Leaving Certificate Examination (including Day School Certificate (Higher) General paper), 1929
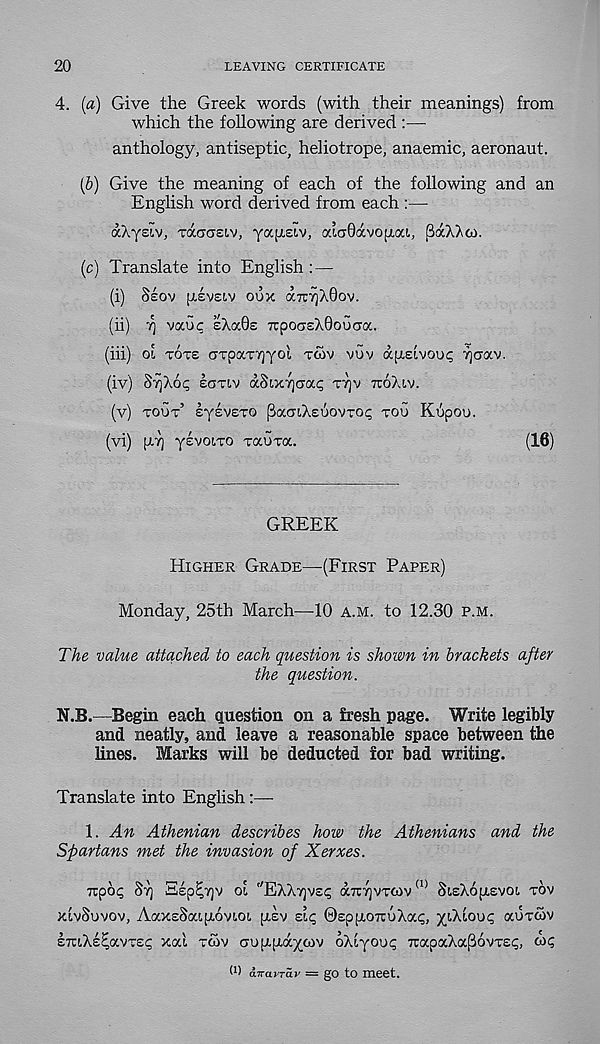
20
LEAVING CERTIFICATE
4. [a) Give the Greek words (with their meanings) from
which the following are derived
anthology, antiseptic, heliotrope, anaemic, aeronaut.
(6) Give the meaning of each of the following and an
English word derived from each :—
aXyeiv, Taaasiv, yafTsiv, aioOavofjioa, BaX?vco.
(c) Translate into English : —
(i) Seov fiivsiv oux aTrvjXQov.
(ii) r\ vauc sXa0£ TcpocisXQouCTa.
(hi) oi TOTS GTpaTTjyoi TS>V VUV ap!.elvou<; 7]orav.
(iv) STJXOI; SOTIV aSixyjcrat; TTJV TTOXIV.
(v) TOUT’ sysveTO ^aaiXsoovTOi; TOU Khpou.
(vi) [ay] yevovto TauTa.
(16)
GREEK
HIGHER GRADE—-(FIRST PAPER)
Monday, 25th March—-10 A.M. to 12.30 P.M.
The value attached to each question is shown in brackets after
the question.
N.B.—Begin each question on a fresh page. Write legibly
and neatly, and leave a reasonable space between the
lines. Marks will be deducted for bad writing.
Translate into English
1. An Athenian describes how the Athenians and the
Spartans met the invasion of Xerxes.
TTpcx; §7] Sep^Tjv oi ''EXXTJVSI; dbr^VTCOv (1> 8i.sX6p.svot. TOV
XIVSUVOV, AaxsSaipovioi psv zlc, 0sppo7ruXa<;, ^t.Xlou<; auToiv
smXs^avTE^ xat, TCOV auppa^cov oXiyoui; TcapaXa(36vTS<;, OK;
w avraiTav = go to meet.